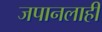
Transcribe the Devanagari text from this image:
जपानलाही